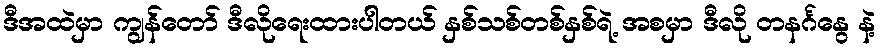
ဒီအထဲမှာ ကျွန်တော် ဒီလိုရေးထားပါတယ် နှစ်သစ်တစ်နှစ်ရဲ့ အစမှာ ဒီလို တနင်္ဂနွေ နဲ့